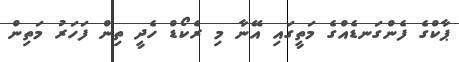
ޕާކްގެ ފެންގަނޑެއްގެ މަތީގައި އޭނާ މި ރެކޯޑް ހެދީ ތިން ފަހަރު މަތިން